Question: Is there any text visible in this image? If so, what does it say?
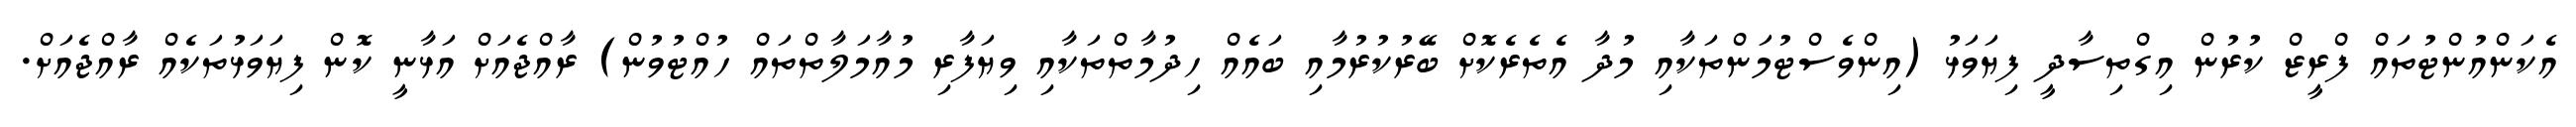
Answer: އެކަންއުންޓުތައް ފްރީޒް ކުރުން އިގްތިސާދީ ފިޔަވަޅު (އިންވެސްޓުމަންތަކާއި މުދާ އެތެރެކޮށް ބޭރުކުރުމާއި ބައެއް ހިދުމާތްތަކާއި ވިޔަފާރި މުއާމަލާތްތައް ހުއްޓުވުން) ރާއްޖެއަށް އަޅާނީ ކޮން ފިޔަވަޅުތަކެއް ރާއްޖެއަށް.